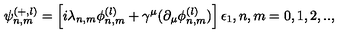
\psi _ { n , m } ^ { ( + , l ) } = \left[ i \lambda _ { n , m } \phi _ { n , m } ^ { ( l ) } + \gamma ^ { \mu } ( \partial _ { \mu } \phi _ { n , m } ^ { ( l ) } ) \right] \epsilon _ { 1 } , n , m = 0 , 1 , 2 , . . ,